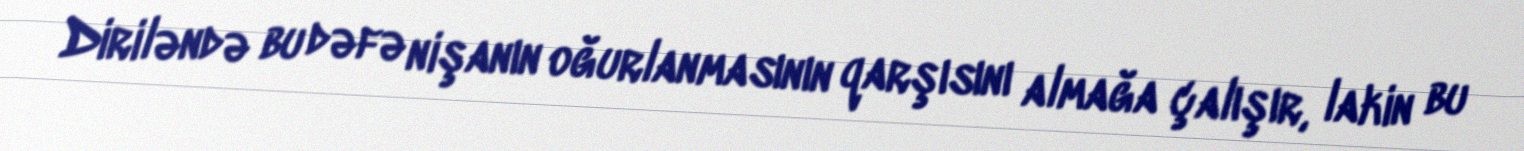
Diriləndə bu dəfə nişanın oğurlanmasının qarşısını almağa çalışır, lakin bu